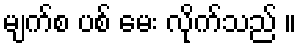
မျက်စ ပစ် မေး လိုက်သည် ။